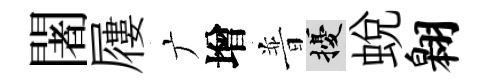
闍屨广增普擾蛻翱